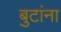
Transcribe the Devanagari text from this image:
बुटांना